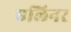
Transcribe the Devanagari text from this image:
एलिनर